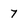
Character: 7